Lunatic asylums Punjab 1868-1880 - 1868-1880
Year: 1868
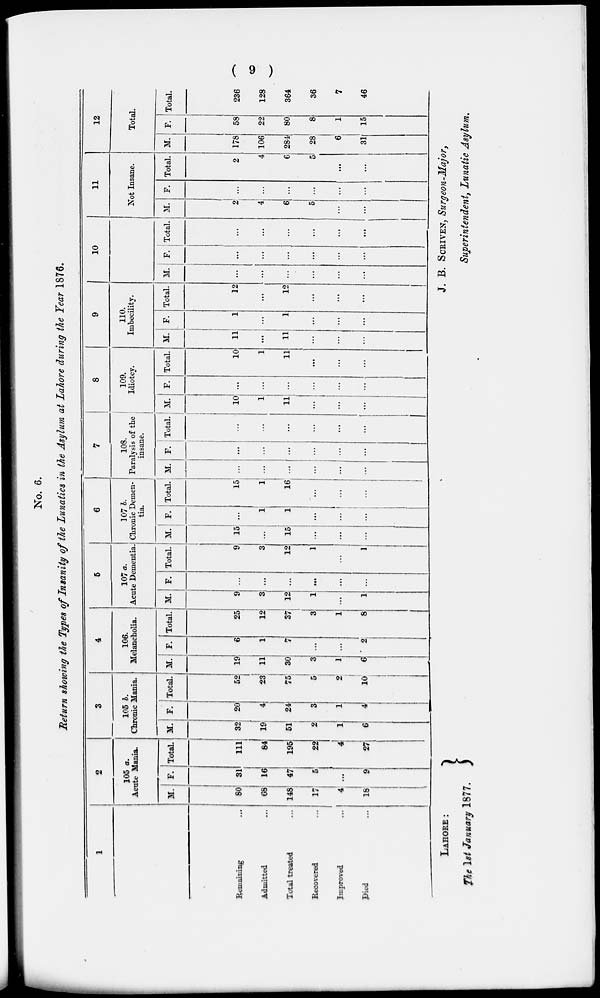
( 9 )
No. 6.
Return showing the Types of Insanity of the Lunatics in the Asylum at Lahore during the Year 1876.
1
Remaining ...
Admitted ...
Total treated ...
Recovered
...
Improved ...
Died ...
2
105 a.
Acute Mania.
M.
80
68
148
17
4
18
F.
31
16
47
5
...
9
Total.
111
84
195
22
4
27
3
105 b.
Chronic Mania.
M.
32
19
51
2
1
6
F.
20
4
24
3
1
4
Total.
52
23
75
5
2
10
4
106.
Melancholia.
M.
19
11
30
3
1
6
F.
6
1
7
...
...
2
Total.
25
12
37
3
1
8
5
107 a.
Acute Dementia
M.
9
3
12
1
...
1
F.
...
...
...
...
...
Total.
9
3
12
1
...
1
6
107 b.
Chronic Demen-
tia.
M.
15
...
15
...
...
...
F.
1
1
1
...
...
...
Total.
15
1
16
...
1
1
7
108.
Paralysis of the
insane.
M.
...
...
...
...
...
...
F.
...
...
...
...
Total.
1
1 ...
...
...
...
1
8
109.
Idiotey.
M.
10
1
11
...
...
1
F.
...
...
...
...
...
...
Total.
10
1
11
...
...
...
9
110.
Imbecility.
M.
11
...
11
...
...
...
F.
1
...
1
...
...
...
Total.
12
...
12
...
...
...
10
M.
...
...
...
...
...
...
F.
1
1
...
...
...
...
Total.
...
...
...
...
...
...
11
Not Insane.
M.
2
4
6
5
...
F.
...
...
...
...
...
Total.
2
4
6
5
...
12
Total.
M.
178
106
284
28
6
31
F.
58
22
80
8
1
15
Total.
236
128
364
36
7
46
LAHORE :
The 1st January 1877.
J. B. SCRIVEN, Surgeon-Major,
Superintendent, Lunatic Asylum.